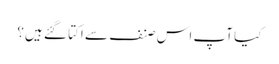
کیا آپ اس صنف سے اکتا گئے ہیں؟